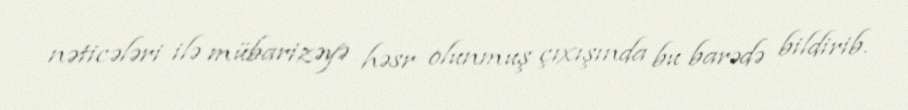
nəticələri ilə mübarizəyə həsr olunmuş çıxışında bu barədə bildirib.